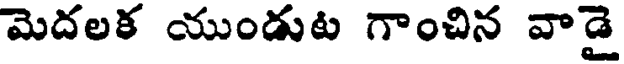
మెదలక యుండుట గాంచిన వాడై